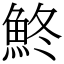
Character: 鮗